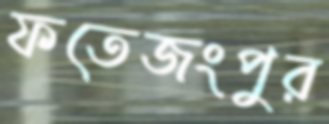
ফতেজংপুর